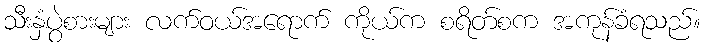
သီးနှံပွဲစားများ လက်ဝယ်အရောက် ကိုယ်က စရိတ်စက အကုန်ခံရသည်။